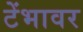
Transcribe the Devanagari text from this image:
टेंभावर